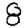
Digit: 8